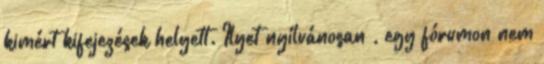
kimért kifejezések helyett. Ilyet nyílvánosan , egy fórumon nem